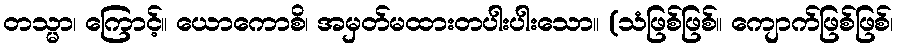
တသ္မာ၊ ကြောင့်။ ယောကောစိ၊ အမှတ်မထားတပါးပါးသော။ (သံဖြစ်ဖြစ်။ ကျောက်ဖြစ်ဖြစ်၊